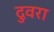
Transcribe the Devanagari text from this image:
दुवरा